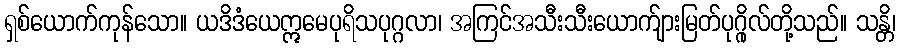
ရှစ်ယောက်ကုန်သော။ ယဒိဒံယေဣမေပုရိသပုဂ္ဂလာ၊ အကြင်အသီးသီးယောက်ျားမြတ်ပုဂ္ဂိုလ်တို့သည်။ သန္တိ၊